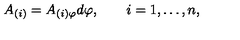
A _ { ( i ) } = A _ { ( i ) \varphi } d \varphi , \qquad i = 1 , \dots , n ,